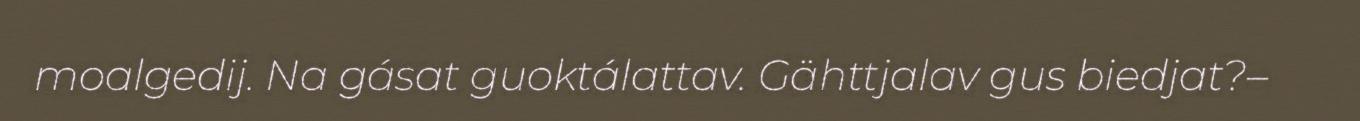
moalgedij. Na gásat guoktálattav. Gähttjalav gus biedjat?–